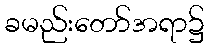
ခမည်းတော်အရာ၌